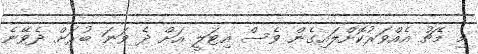
މި މެޗު އެއްވަރުކޮށްލައިގެން ވެސް އިޓަލީ އަށް ދެ ވަނަ ބުރަށް ދެވޭނެ